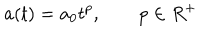
a ( t ) = a _ { 0 } t ^ { p } , \qquad p \in R ^ { + }